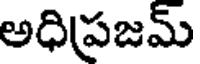
అధిప్రజమ్